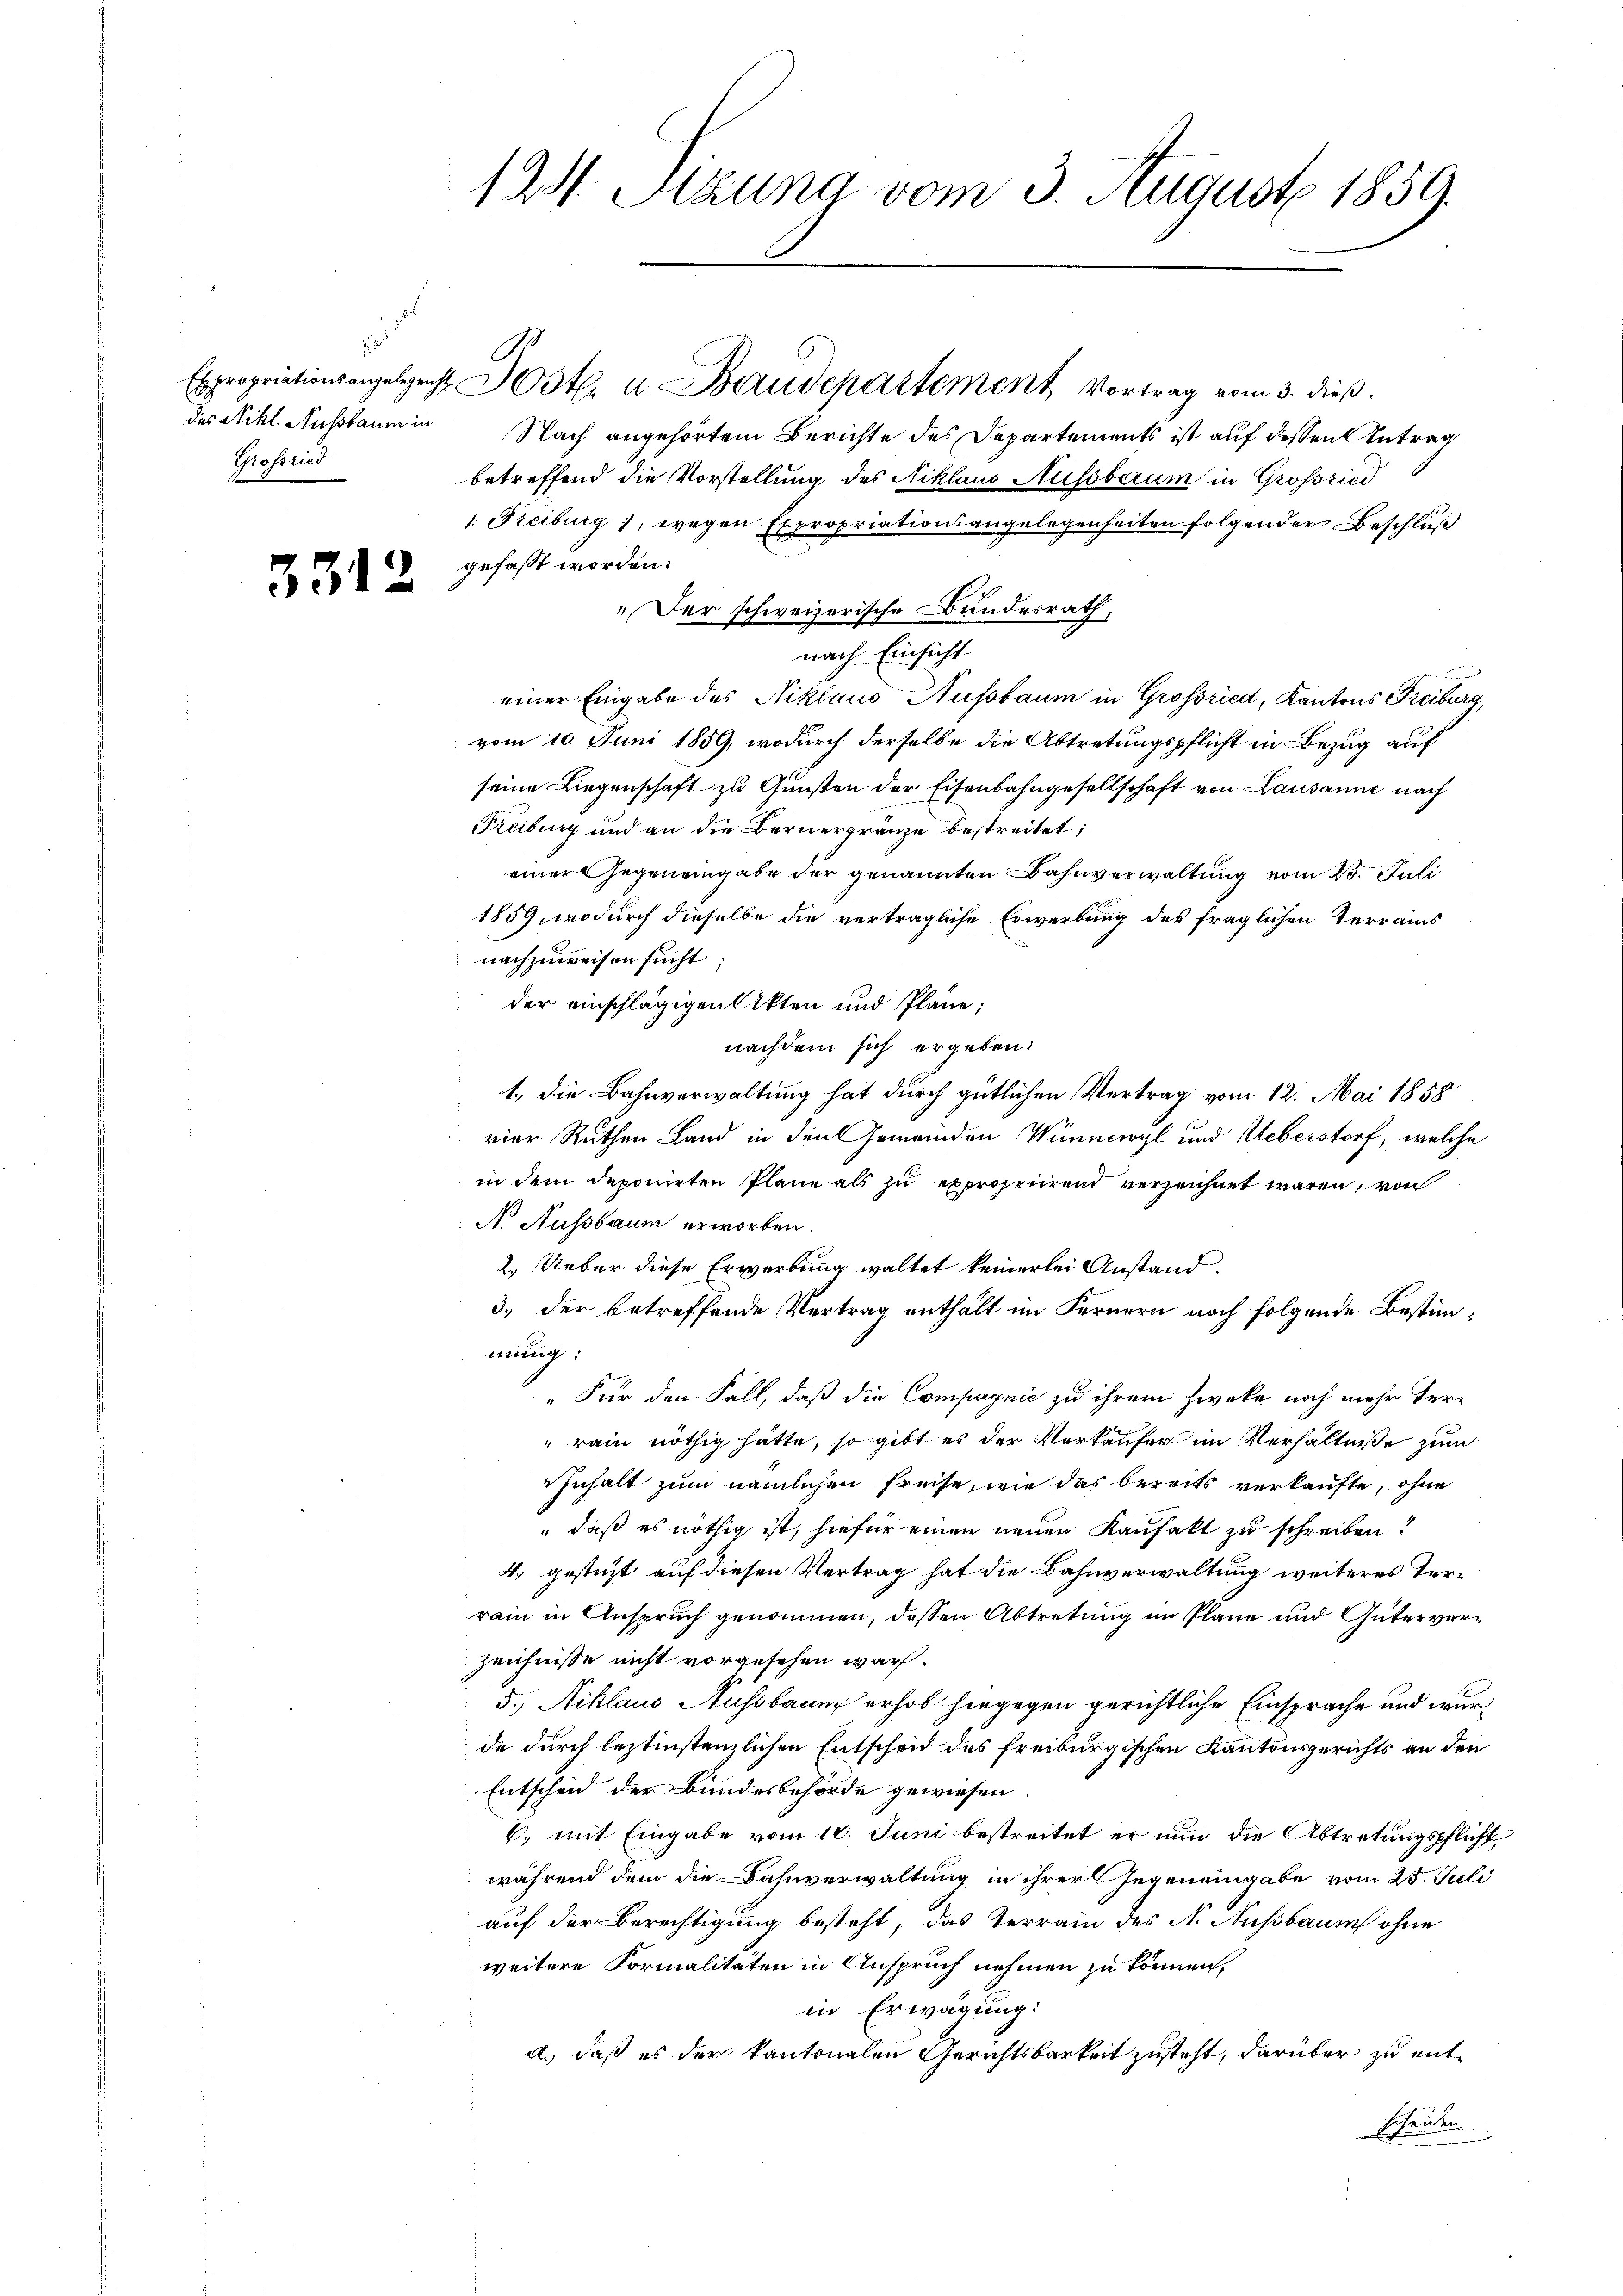
Grossried

3312

1W. Sitzung vom 3. August 1859.

Expropriationsangelegenst Jost, u. Baudepartement Vortrag vom 3. dieß.
des Nikl. Aussbaum in Nach angehörtem Berichte des Departements ist auf dessen Antrag
betreffend die Vorstellung des Niklaus Nussbaum in Großried
1. Freiburg 1, wegen Expropriationsangelegenheiten folgender Beschluß
gefaßt worden.
„Der schweizerische Bundesrath,
nach Einsicht
einer Eingabe des Niklaus Hussbaum in Großried, Kantons Freiburg,
vom 10. Juni 1859, wodurch derselbe die Abtretungspflicht in Bezug auf
seine Liegenschaft zu Gunsten der Eisenbahngesellschaft von Lausanne nach
Freiburg und an die Bernergränze bestreitet;
einer Gegeneingabe der genannten Bahnverwaltung vom 25. Juli
1859, wodurch dieselbe die verträgliche Erwerbung des fraglichen Terrains
nachzuweisen sucht
der einschlägigen Akten und Pläne.
nachdem sich ergeben:
1., die Bahnverwaltung hat durch gütlichen Vertrag vom 12. Mai 1858
vier Rathen Land in den Gemeinden Winnwyl und Ueberstorf, welche
in dem deponirten Plane als zu expropriirend verzeichnet waren, von
N. Aussbaum erworben.
2.) Ueber diese Erwerbung waltet keinerlei Anstand.
3.) der betreffende Vertrag enthält im Fernern noch folgende Bestimmung:
s
"Für den Fall, daß die Compagnie zu ihrem Zweke noch mehr Ter¬
"rain nöthig hätte, so gibt es der Verkäufer im Verhältnisse zum
Inhalt zum nämlichen Preise, wie das bereits verkaufte, ohne
" daß es nöthig ist, hiefür einen neuen Kaufakt zu schreiben?
4. gesteht auf diesen Vertrag hat die Bahnverwaltung weiteres Terrain in Anspruch genommen, dessen Abtretung im Plane und Güterverzeichnisse nicht vorgesehen war.
5.) Niklaus Aussbaum erhob hingegen gerichtliche Einsprache und wurde durch leztinstenzlichen Entscheid des freiburgischen Kantonsgerichts an den
Entscheid der Bundesbehörde gewiesen.
C. mit Eingabe vom 10. Juni bestreitet er nun die Abtretungspflicht
während dem die Bahnverwaltung in ihrer Gegeneingabe vom 25. Juli
auf der Berechtigung besteht, das Terrain des N. Aussbaum ohne
weitere Formalitäten in Anspruch nehmen zu können,
in Erwägung:
a.) daß es der kantonalen Gerichtsbarkeit zusteht, darüber zu entscheiden